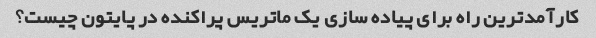
کارآمدترین راه برای پیاده سازی یک ماتریس پراکنده در پایتون چیست؟